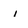
Character: i